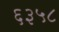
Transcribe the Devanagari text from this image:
६३५८